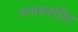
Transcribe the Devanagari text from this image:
गदाधरसिंह